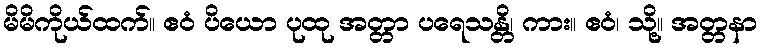
မိမိကိုယ်ထက်။ ဧဝံ ပိယော ပုထု အတ္တာ ပရေသန္တိ၊ ကား။ ဧဝံ၊ သို့။ အတ္တနာ